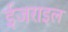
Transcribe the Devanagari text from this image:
ईजराइल